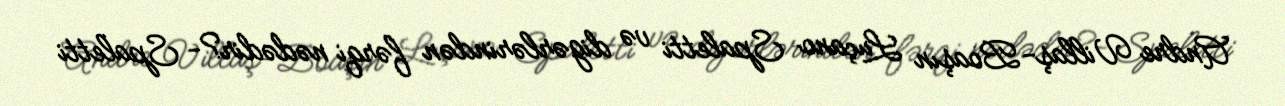
Andre Villaş-Boaşın Luçano Spaletti və digərlərindən fərqi nədədir?- Spaletti